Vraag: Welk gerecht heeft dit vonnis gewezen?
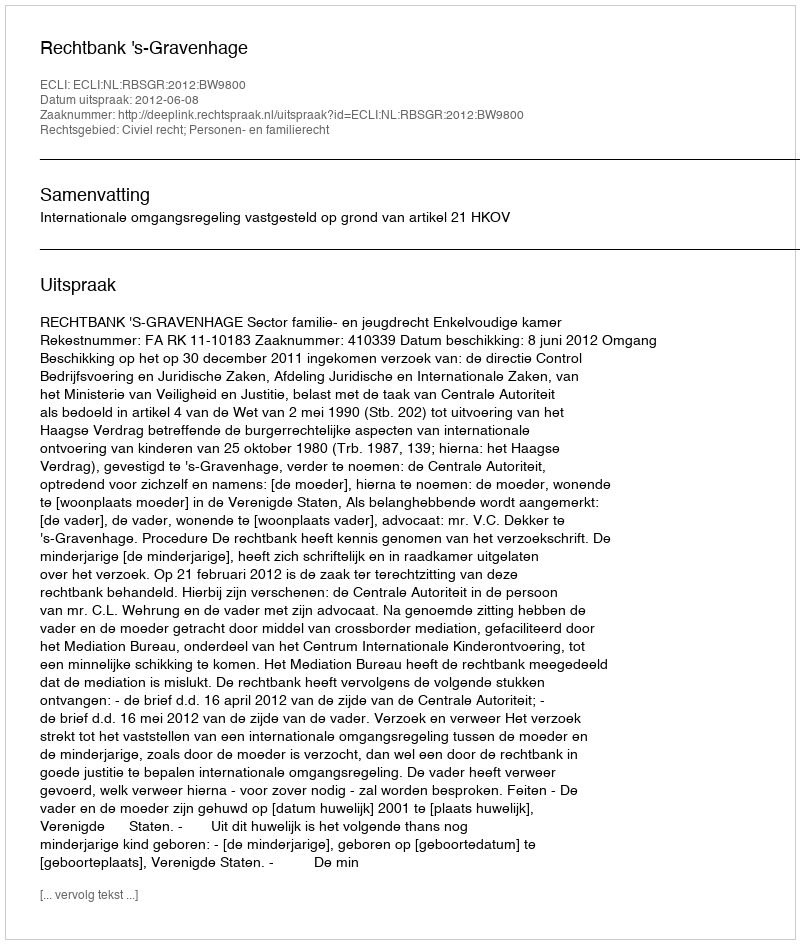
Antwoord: Rechtbank 's-Gravenhage